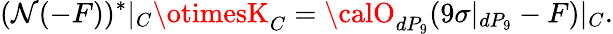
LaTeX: (\mathcal{N}(-F))^{*}|_{C}\otimesK_{C}={\calO}_{dP_{9}}(9\sigma|_{dP_{9}}-F)|_{C}.